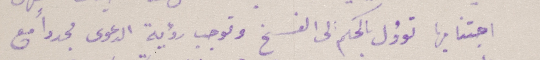
اجتنابها تؤول بالحكم الى الفسخ وتوجب رؤية الدعوى مجدداً مع